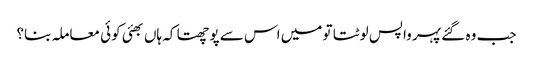
جب وہ گئے پہر واپس لوٹتا تو میں اس سے پوچھتا کہ ہاں بھئی کوئی معاملہ بنا؟